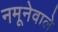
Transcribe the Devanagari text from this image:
नमूनेवाले